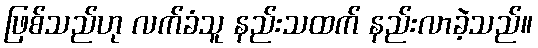
ဖြစ်သည်ဟု လက်ခံသူ နည်းသထက် နည်းလာခဲ့သည်။